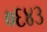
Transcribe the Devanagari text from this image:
०६४३